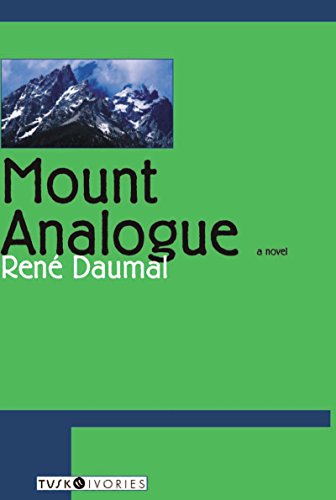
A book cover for Mount Analogue: A Tale of Non-Euclidean and Symbolically Authentic Mountaineering Adventures; RenÃ© Daumal; Literature & Fiction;